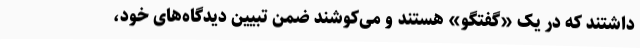
داشتند که در یک «گفتگو» هستند و می‌کوشند ضمن تبیین دیدگاه‌های خود،